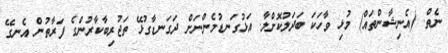
ނެތް. (އެނިޝާންތައް) މުޅި ވާހަކަ ބަދަލުކޮށްލާ. އަޅުގަނޑުމެންނަށް ދަގަނޑާގުޅޭ ތަޖުރިބާކާރުންގެ ފަރާތުން އެނގޭ